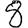
Digit: 8